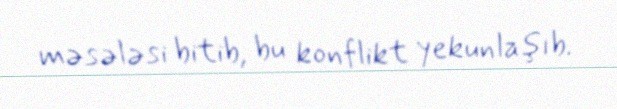
məsələsi bitib, bu konflikt yekunlaşıb.